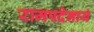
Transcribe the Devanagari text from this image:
रामपदेनायं